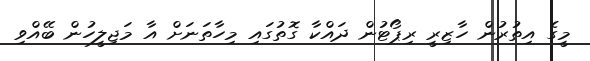
މީގެ އިތުރުން ހާޒިރީ ރިޕޯޓުން ދައްކާ ގޮތުގައި މިހާތަނަށް އާ މަޖިލީހުން ބޭއްވި